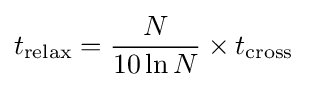
t_{\mathrm {relax} }={\frac {N}{10\ln N}}\times t_{\mathrm {cross} }\